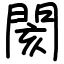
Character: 閡